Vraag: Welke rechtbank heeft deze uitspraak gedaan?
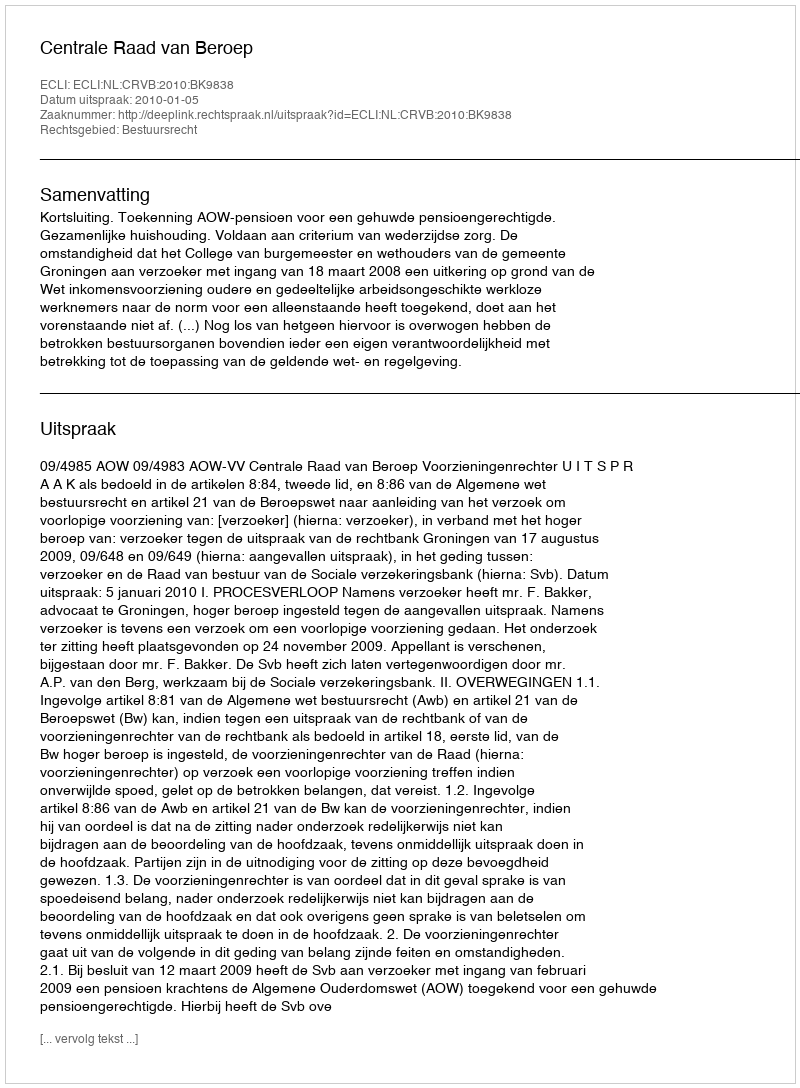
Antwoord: Centrale Raad van Beroep